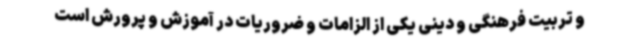
و تربیت فرهنگی و دینی یکی از الزامات و ضروریات در آموزش و پرورش است